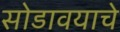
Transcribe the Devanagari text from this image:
सोडावयाचे